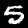
Digit: 5